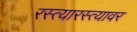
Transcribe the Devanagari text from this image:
रस्त्यारस्त्यावर